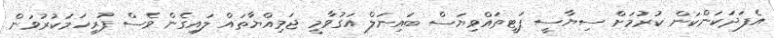
އެފަދަކަންކަން ކުރުމަށް ސިޔާސީ ޕަޓީތައްވިޔަސް ބައިނަލް އަގުވާމީ ޖަމިއްޔާތައް ލައިގެން ވެސް ފުރިހަމަކުރުވަން